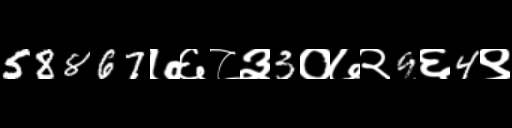
Text: 58867७६८३3०७२9६4९